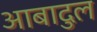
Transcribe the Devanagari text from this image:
आबादुल